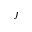
j